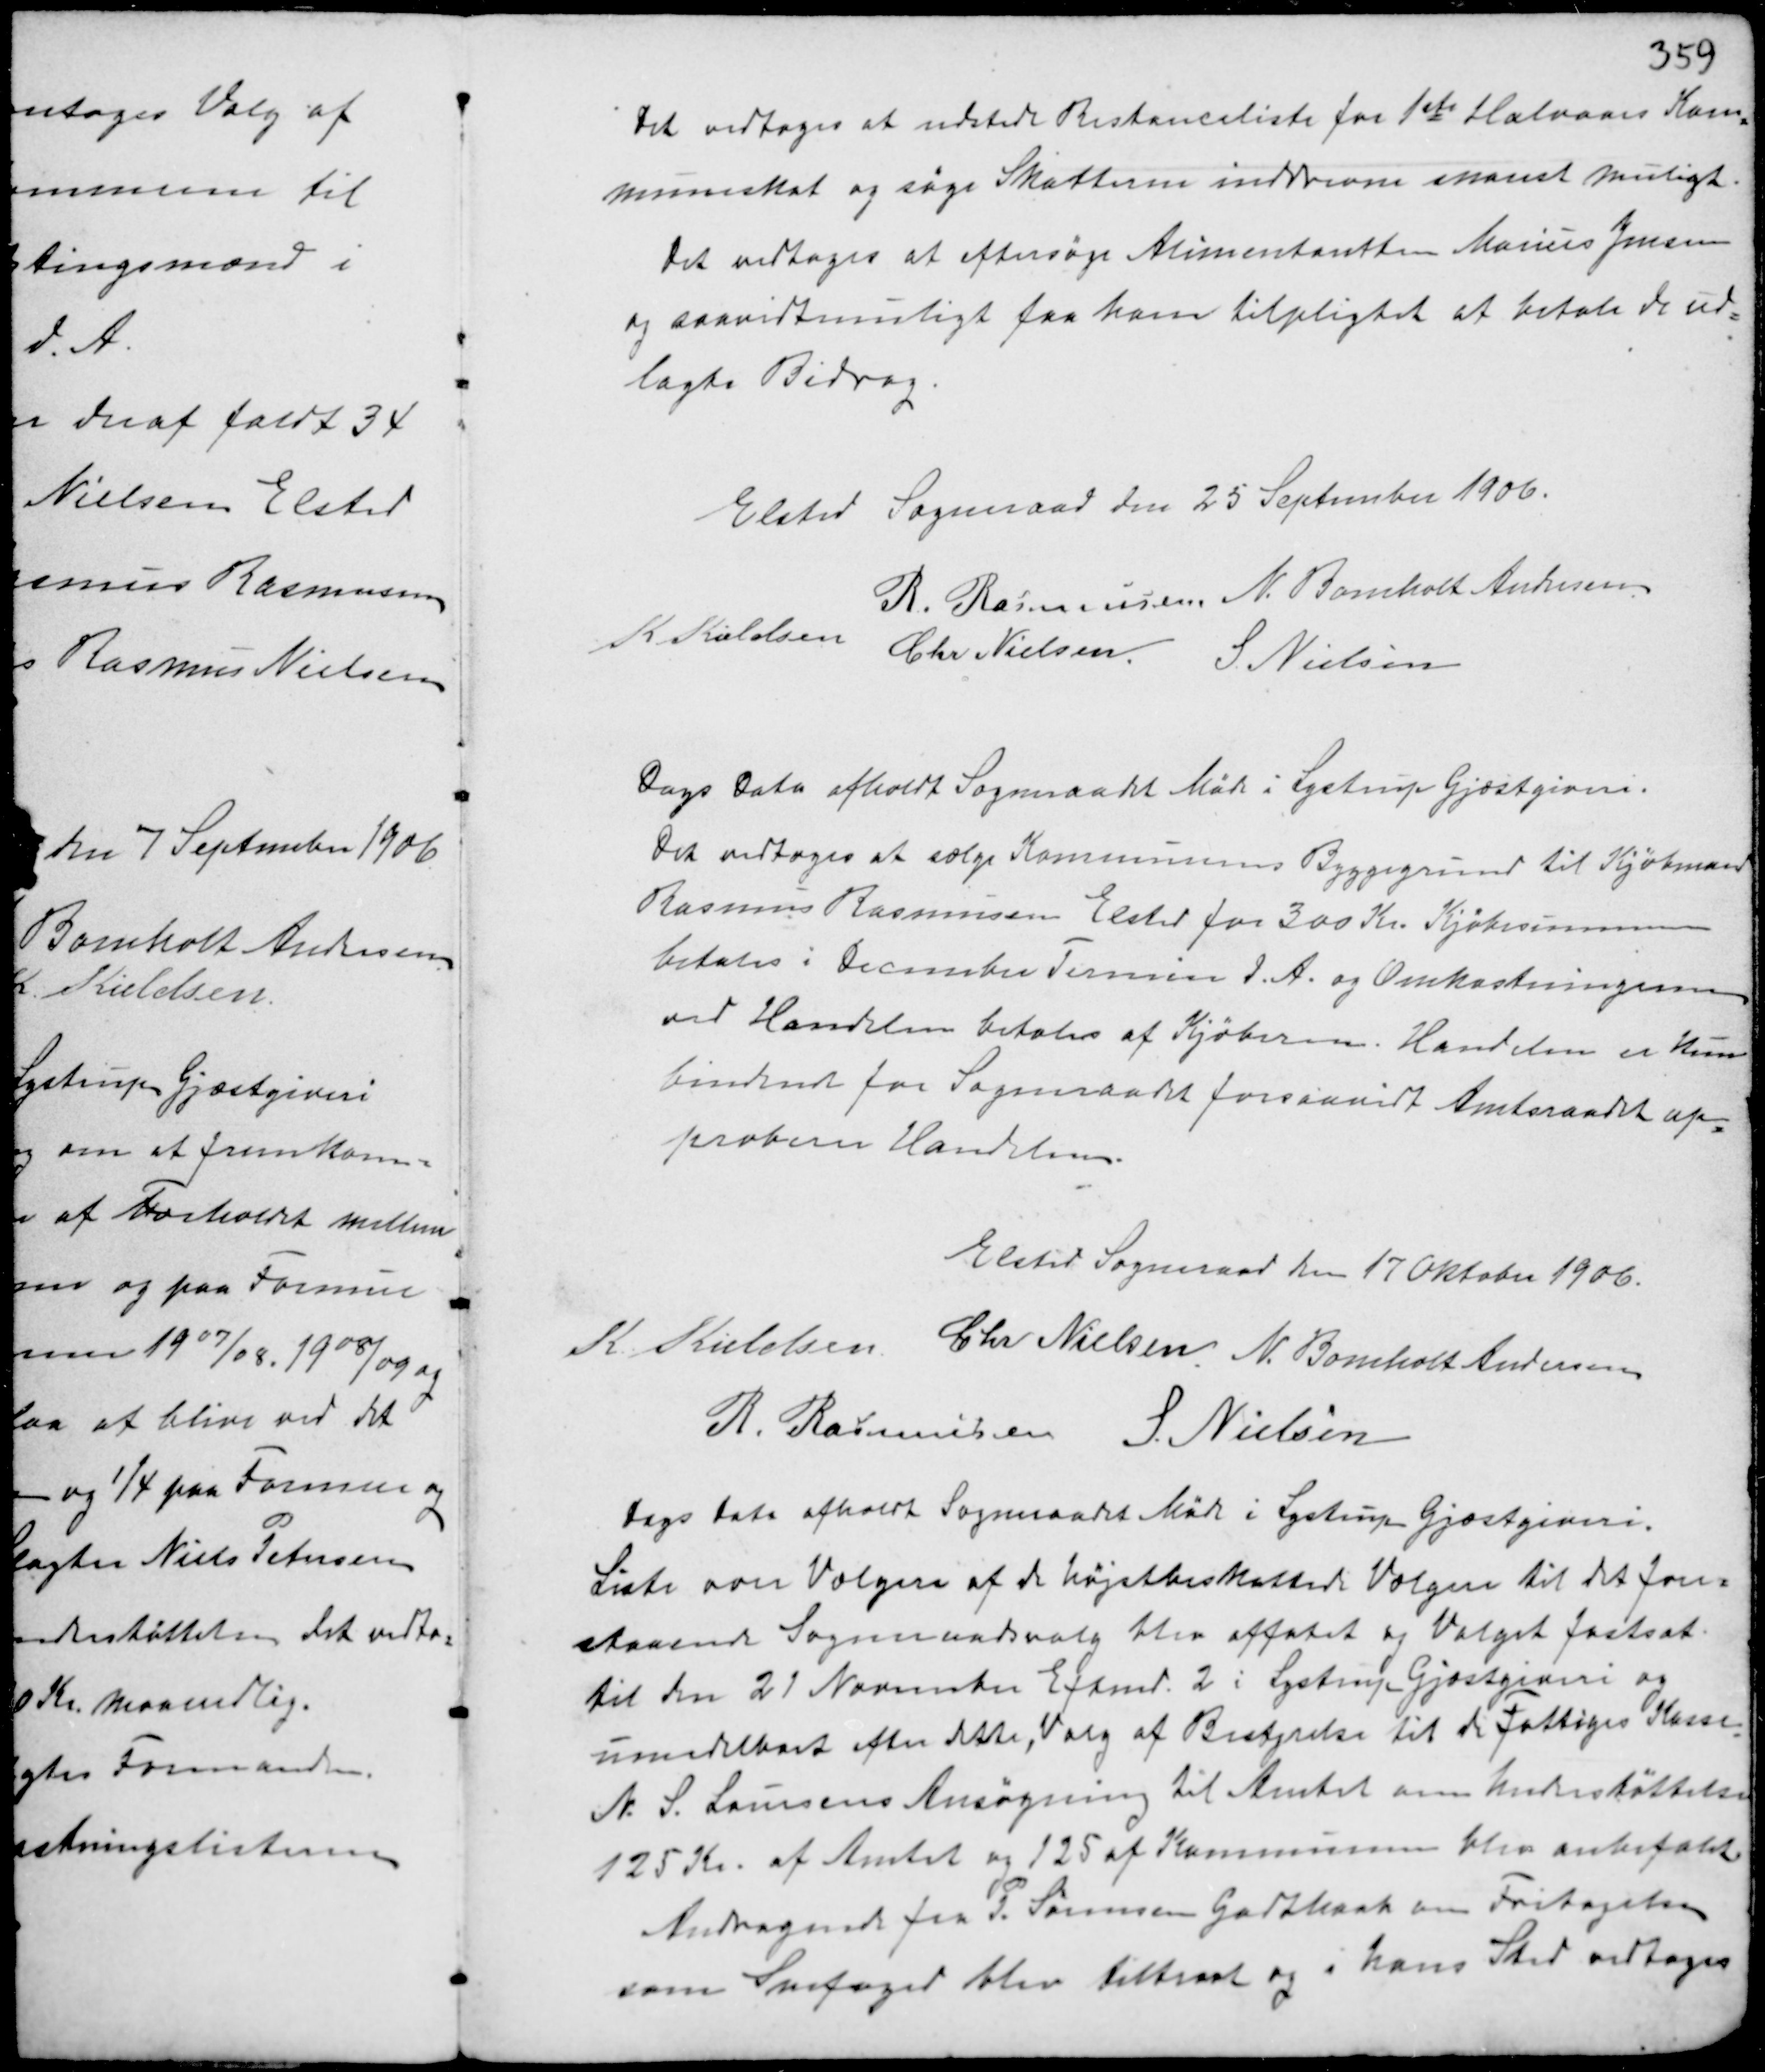
Transskription:
Det vedtoges at udstede Restanceliste for 1ste Halvaars Kom-
muneskat og søge Skatterne inddrevne snarest muligt.
Det vedtoges at eftersøge Alimentantten Marius Jensen
og saavidt muligt faa ham tilpligtet at betale de ud-
lagte Bidrag.

Elsted Sogneraad den 25 September 1906.
R. Rasmussen N. Bomholt Andersen
K Kieldsen
Chr Nielsen S. Nielsen

Dags Dato afholdt Sogneraadet Møde i Lystrup Gjæstgiveri.
Det vedtoges at sælge Kommunens Byggegrund til Kjøbmand
Rasmus Rasmussen Elsted for 300 Kr. Kjøbssummen
betales i December Termin d.A. og Omkostningerne
ved Handelen betales af Kjøberen. Handelen er kun
bindende for Sogneraadet forsaavidt Amtsraadet ap-
proberer Handelen.

Elsted Sogneraad den 17 Oktober 1906.
K. Kieldsen Chr Nielsen N. Bomholt Andersen
R. Rasmussen S. Nielsen

Dags Dato afholdt Sogneraadet Møde i Lystrup Gjæstgiveri.
Liste over Vælgere af de højstbeskattede Vælgere til det fore-
staaende Sogneraadsvalg blev affatet og Valget fastsat
til den 21 November Eftermd 2 i Lystrup Gjæstgiveri og
umiddelbart efter dette, Valg af Bestyrelse til de Fattiges Kasse.
N.S. Laursens Ansøgning til Amtet om Understøttelse
125 Kr. af Amtet og 125 af Kommunen blev anbefalet
Andragende fra P. Sørensen Godthaab om Fritagelse
som Snefoged blev tiltraat og i hans Sted vedtoges